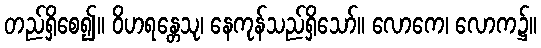
တည်ရှိစေ၍။ ဝိဟရန္တေသု၊ နေကုန်သည်ရှိသော်။ လောကေ၊ လောက၌။